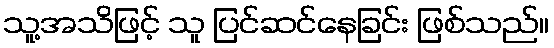
သူ့အသိဖြင့် သူ ပြင်ဆင်နေခြင်း ဖြစ်သည်။